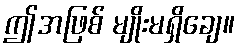
ဤအဖြစ် မျိုးမရှိချေ။